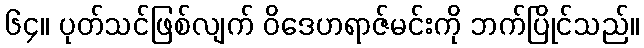
၆၄။ ပုတ်သင်ဖြစ်လျက် ဝိဒေဟရာဇ်မင်းကို ဘက်ပြိုင်သည်။